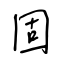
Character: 固